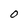
Character: 0